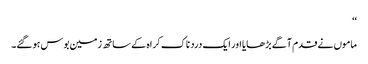
‘‘
ماموں نے قدم آگے بڑھایا اور ایک درد ناک کراہ کے ساتھ زمین بوس ہوگئے۔